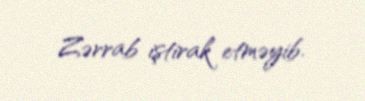
Zərrab iştirak etməyib.